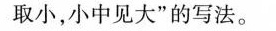
取小，小中见大”的写法。